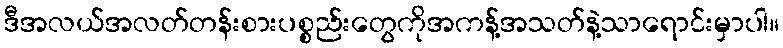
ဒီအလယ်အလတ်တန်းစားပစ္စည်းတွေကိုအကန့်အသတ်နဲ့သာရောင်းမှာပါ။